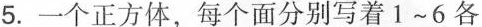
5.一个正方体，每个面分别写着1~6各